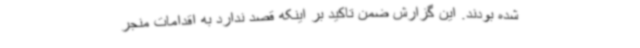
شده بودند. این گزارش ضمن تاکید بر اینکه قصد ندارد به اقدامات منجر